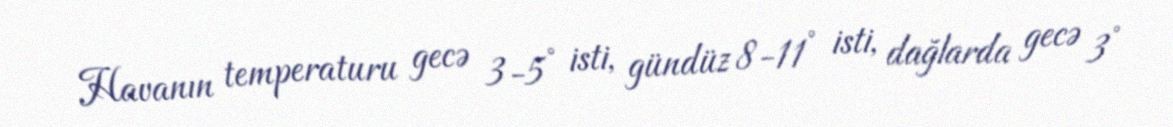
Havanın temperaturu gecə 3-5° isti, gündüz 8-11° isti, dağlarda gecə 3°